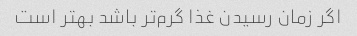
اگر زمان رسیدن غذا گرم‌تر باشد بهتر است